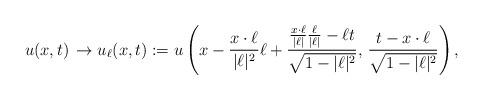
LaTeX: \begin{align*}u(x,t)\,\to u_{\ell}(x,t):=u\left(x-\frac{x\cdot \ell}{|\ell |^2}\ell +\frac{\frac{x\cdot\ell}{|\ell |}\frac{\ell}{|\ell |}-\ell t}{\sqrt{1-|\ell |^2}},\,\frac{t-x\cdot\ell}{\sqrt{1-|\ell|^2}}\right),\end{align*}